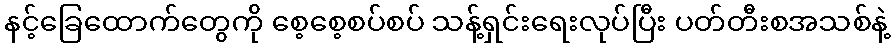
နင့်ခြေထောက်တွေကို စေ့စေ့စပ်စပ် သန့်ရှင်းရေးလုပ်ပြီး ပတ်တီးစအသစ်နဲ့